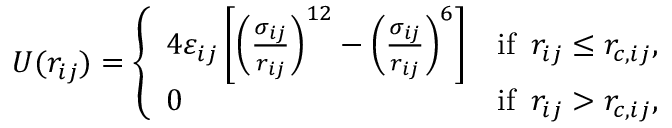
U ( { { r } _ { i j } } ) = \left\{ \begin{array} { l l } { 4 \varepsilon _ { i j } \left[ { { \left( \frac { \sigma _ { i j } } { { { r } _ { i j } } } \right) } ^ { 1 2 } } - { { \left( \frac { \sigma _ { i j } } { { { r } _ { i j } } } \right) } ^ { 6 } } \right] } & { \mathrm { i f } \, \, \, { { r } _ { i j } } \le { { r } _ { c , i j } } , } \\ { 0 } & { \mathrm { i f } \, \, \, { { r } _ { i j } } > { { r } _ { c , i j } } , } \end{array} \right.